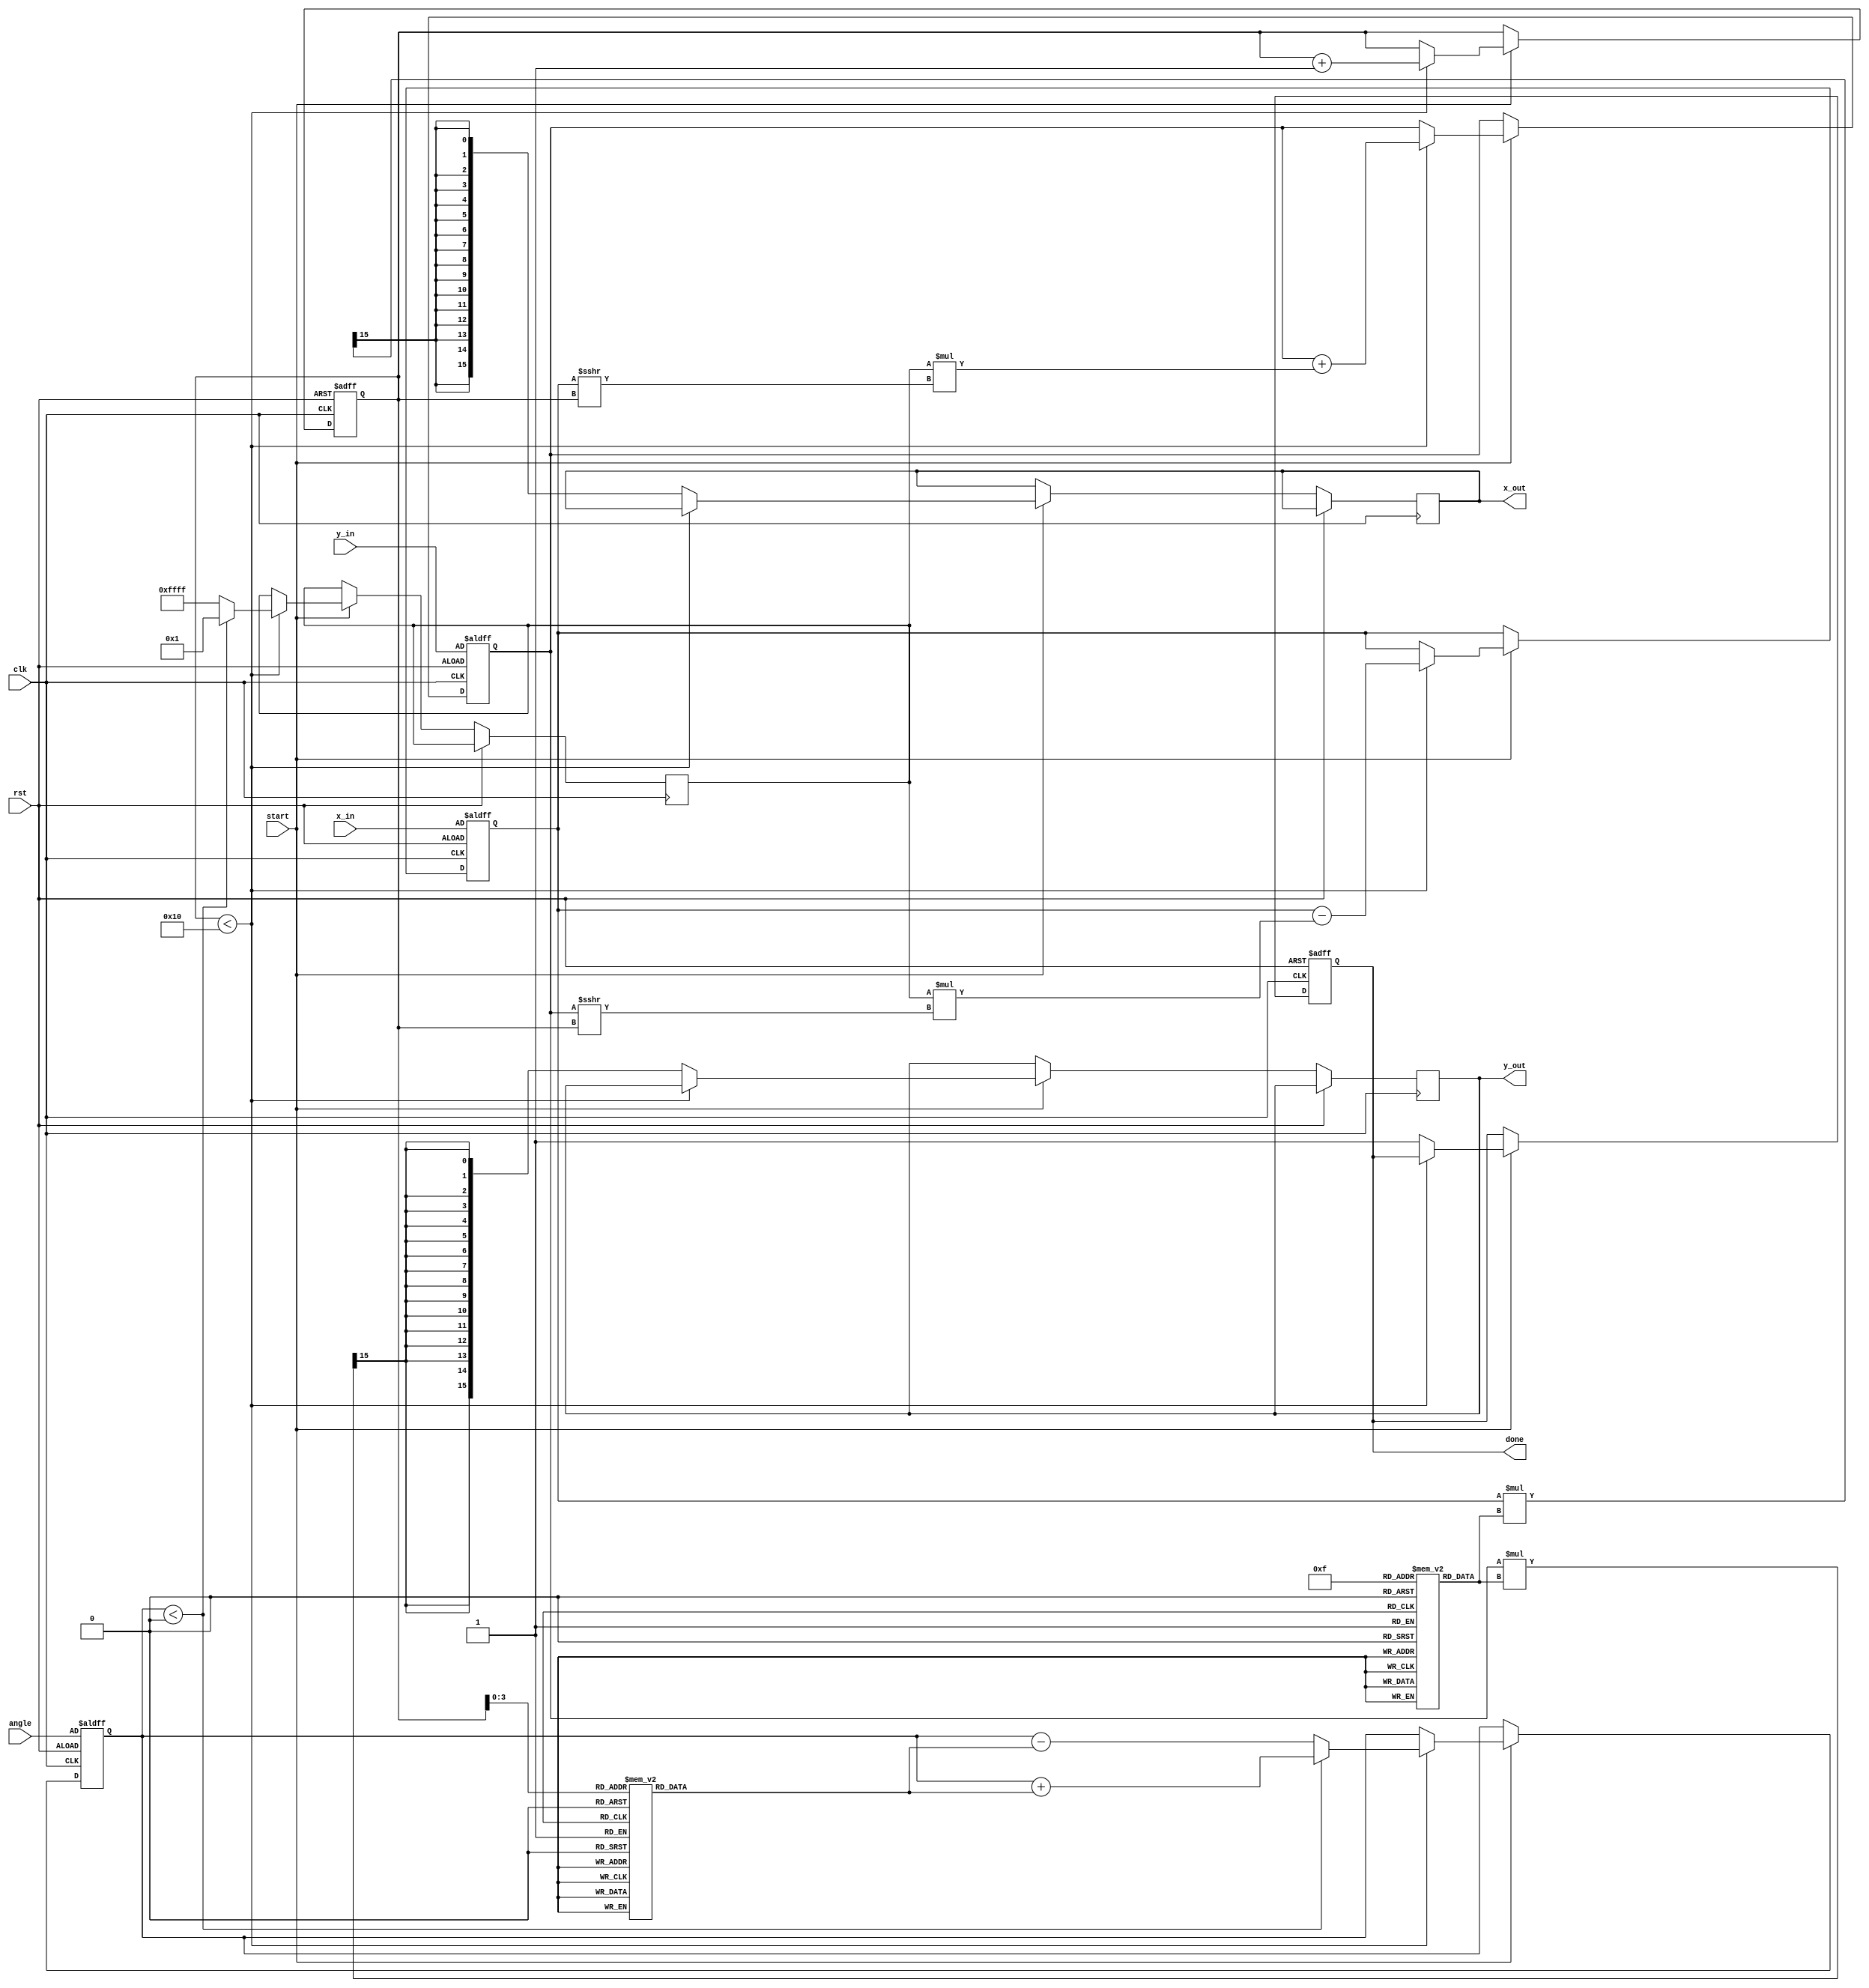
module cordic #(
    parameter N = 16,               // Number of iterations
    parameter WIDTH = 16            // Bit-width for fixed-point representation
)(
    input wire clk,                 // Clock signal
    input wire rst,                 // Reset signal
    input wire signed [WIDTH-1:0] angle, // Input angle (in radians)
    input wire signed [WIDTH-1:0] x_in,   // Initial x vector
    input wire signed [WIDTH-1:0] y_in,   // Initial y vector
    input wire start,               // Start signal for computation
    output reg signed [WIDTH-1:0] x_out, // Final x output
    output reg signed [WIDTH-1:0] y_out, // Final y output
    output reg done                 // Done signal
);

    // Lookup tables for angles and scale factors
    reg signed [WIDTH-1:0] angle_lut [0:N-1];
    reg signed [WIDTH-1:0] scale_lut [0:N-1];

    // CORDIC state variables
    reg [4:0] iteration;            // Current iteration count
    reg signed [WIDTH-1:0] x;       // x coordinate
    reg signed [WIDTH-1:0] y;       // y coordinate
    reg signed [WIDTH-1:0] z;       // Angle accumulator
    reg signed [WIDTH-1:0] d;       // Direction

    // Initialize lookup tables
    initial begin
        // Precomputed angles: atan(2^-i) for i = 0, 1, ..., N-1
        angle_lut[0] = 16'h2000; // atan(1) in fixed-point
        angle_lut[1] = 16'h1666; // atan(0.5)
        angle_lut[2] = 16'h0D89; // atan(0.25)
        angle_lut[3] = 16'h0A3D; // atan(0.125)
        // ... (continue filling for N iterations)

        // Precomputed scale factors
        scale_lut[0] = 16'h1FFF; // Scale factor for i = 0
        scale_lut[1] = 16'h1A9C; // Scale factor for i = 1
        scale_lut[2] = 16'h1555; // Scale factor for i = 2
        scale_lut[3] = 16'h0FFF; // Scale factor for i = 3
        // ... (continue filling for N iterations)
    end

    // CORDIC computation process
    always @(posedge clk or posedge rst) begin
        if (rst) begin
            iteration <= 0;
            x <= x_in;
            y <= y_in;
            z <= angle;
            done <= 0;
        end else if (start) begin
            if (iteration < N) begin
                // Determine direction
                if (z < 0) begin
                    d <= 1; // Counterclockwise
                    z <= z + angle_lut[iteration];
                end else begin
                    d <= -1; // Clockwise
                    z <= z - angle_lut[iteration];
                end

                // Update x and y coordinates
                x <= x - (d * (y >>> iteration));
                y <= y + (d * (x >>> iteration));

                iteration <= iteration + 1;
            end else begin
                // Apply final scale factor
                x_out <= (x * scale_lut[N-1]) >>> 15; // Adjust scaling
                y_out <= (y * scale_lut[N-1]) >>> 15; // Adjust scaling
                done <= 1;
            end
        end
    end
endmodule